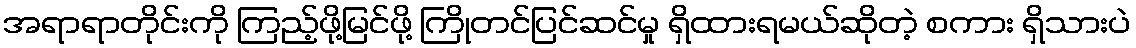
အရာရာတိုင်းကို ကြည့်ဖို့မြင်ဖို့ ကြိုတင်ပြင်ဆင်မှု ရှိထားရမယ်ဆိုတဲ့ စကား ရှိသားပဲ